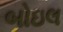
બોઇલ